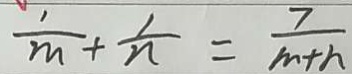
\frac { 1 } { m } + \frac { 1 } { n } = \frac { 7 } { m + h }